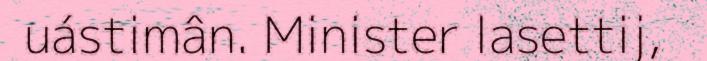
uástimân. Minister lasettij,